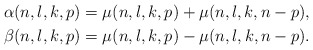
\begin{align*}\alpha(n, l, k, p)&=\mu(n, l, k, p)+\mu(n, l, k, n-p), \\ \beta(n, l, k, p)&=\mu(n, l, k, p)-\mu(n, l, k, n-p).\end{align*}